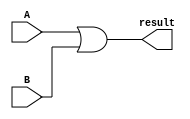
/* Representation of a 32-bit OR operation in Verilog HDL. */
module logical_or (input wire [31:0] A, B, output wire [31:0] result);
	
	assign result = A | B;

endmodule // or end.